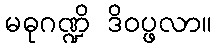
မဓုဂဏ္ဍိ ဒိဝပ္ဖလာ။